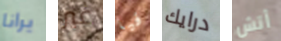
يرانا غير فيا درايك أتش